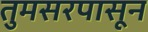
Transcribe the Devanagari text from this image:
तुमसरपासून